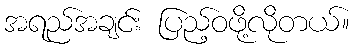
အရည်အချင်း ပြည့်ဝဖို့လိုတယ်။